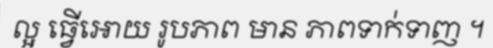
ល្អ ធ្វើអោយ រូបភាព មាន ភាពទាក់ទាញ ។